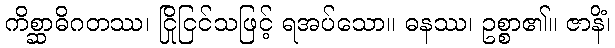
ကိစ္ဆာဓိဂတဿ၊ ငြိုငြင်သဖြင့် ရအပ်သော။ ဓနဿ၊ ဥစ္စာ၏။ ဇာနိံ၊